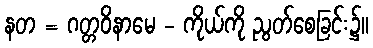
နတ = ဂတ္တဝိနာမေ - ကိုယ်ကို ညွတ်စေခြင်း၌။